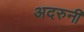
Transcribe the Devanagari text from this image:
अदरुनी